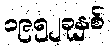
၁၉၅၂ခုနှစ်